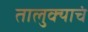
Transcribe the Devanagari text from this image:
तालुक्याचं